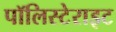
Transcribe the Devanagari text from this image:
पॉलिस्टेराइट